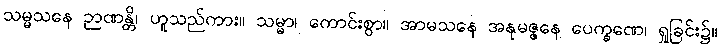
သမ္မသနေ ဉာဏန္တိ၊ ဟူသည်ကား။ သမ္မာ၊ ကောင်းစွာ။ အာမသနေ အနုမဇ္ဇနေ ပေက္ခဏေ၊ ရှုခြင်း၌။